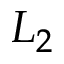
L _ { 2 }